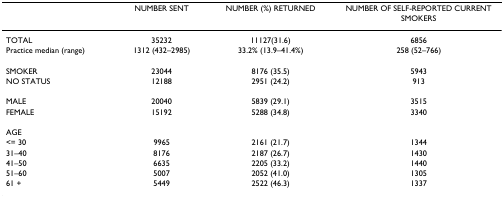
<table><thead><tr><td></td><td><b>NUMBER SENT</b></td><td><b>NUMBER (%) RETURNED</b></td><td><b>NUMBER OF SELF-REPORTED CURRENT SMOKERS</b></td></tr></thead><tbody><tr><td>TOTAL</td><td>35232</td><td>11127(31.6)</td><td>6856</td></tr><tr><td>Practice median (range)</td><td>1312 (432–2985)</td><td>33.2% (13.9–41.4%)</td><td>258 (52–766)</td></tr><tr><td>SMOKER</td><td>23044</td><td>8176 (35.5)</td><td>5943</td></tr><tr><td>NO STATUS</td><td>12188</td><td>2951 (24.2)</td><td>913</td></tr><tr><td>MALE</td><td>20040</td><td>5839 (29.1)</td><td>3515</td></tr><tr><td>FEMALE</td><td>15192</td><td>5288 (34.8)</td><td>3340</td></tr><tr><td>AGE</td><td></td><td></td><td></td></tr><tr><td>&lt;= 30</td><td>9965</td><td>2161 (21.7)</td><td>1344</td></tr><tr><td>31–40</td><td>8176</td><td>2187 (26.7)</td><td>1430</td></tr><tr><td>41–50</td><td>6635</td><td>2205 (33.2)</td><td>1440</td></tr><tr><td>51–60</td><td>5007</td><td>2052 (41.0)</td><td>1305</td></tr><tr><td>61 +</td><td>5449</td><td>2522 (46.3)</td><td>1337</td></tr></tbody></table>